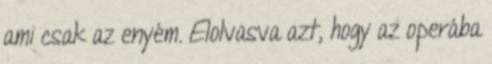
ami csak az enyém. Elolvasva azt, hogy az operába